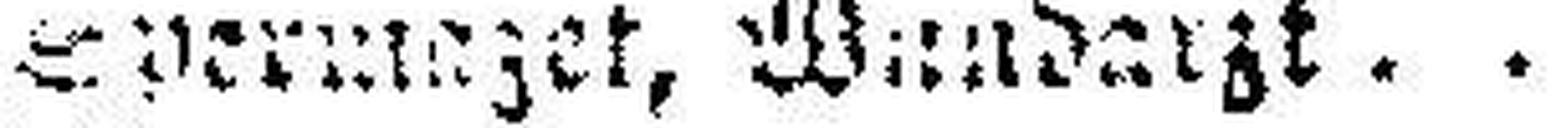
###nermaget, Wundarzt